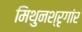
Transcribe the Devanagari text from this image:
मिथुनश्रृगांर